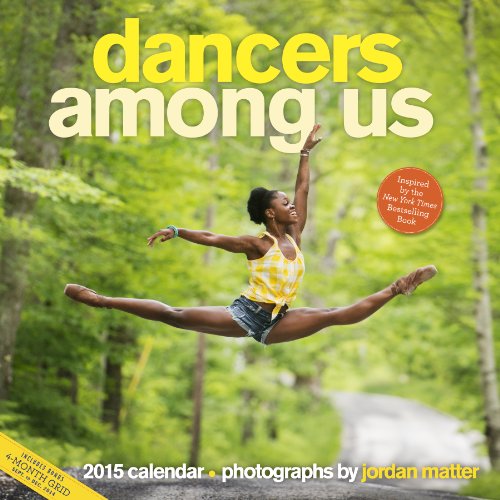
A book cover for Dancers Among Us 2015 Wall Calendar; Jordan Matter; Calendars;